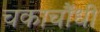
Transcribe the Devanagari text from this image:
चकाचौंधी